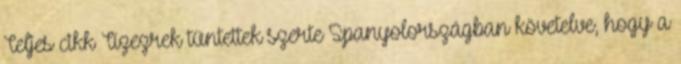
Teljes cikk Tízezrek tüntettek szerte Spanyolországban követelve, hogy a